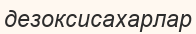
дезоксисахарлар